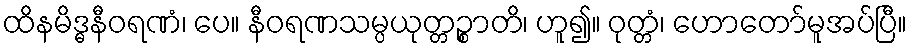
ထိနမိဒ္ဓနီဝရဏံ၊ ပေ။ နီဝရဏသမ္ပယုတ္တဉ္စာတိ၊ ဟူ၍။ ဝုတ္တံ၊ ဟောတော်မူအပ်ပြီ။